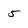
Character: 5